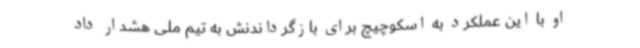
او با این عملکرد به اسکوچیچ برای بازگرداندنش به تیم ملی هشدار داد